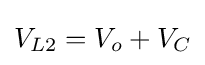
V_{L2}=V_{o}+V_{C}